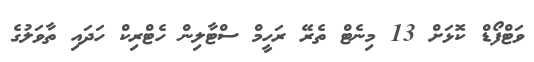
ވަޓްފޯޑް ކޮޅަށް 13 މިނެޓް ތެރޭ ރަހީމް ސްޓާލިން ހެޓްރިކް ހަދައި ތާވަލުގެ